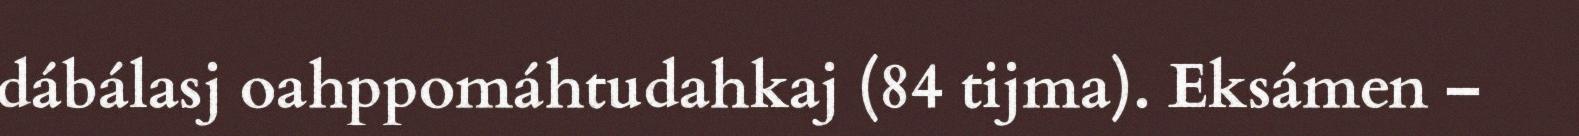
dábálasj oahppomáhtudahkaj (84 tijma). Eksámen –